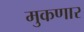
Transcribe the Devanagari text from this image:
मुकणार